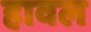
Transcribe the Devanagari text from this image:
हावल